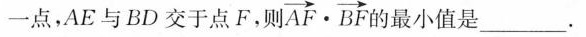
一点，AE与BD交于点F，则 $$\overrightarrow { A F } \cdot